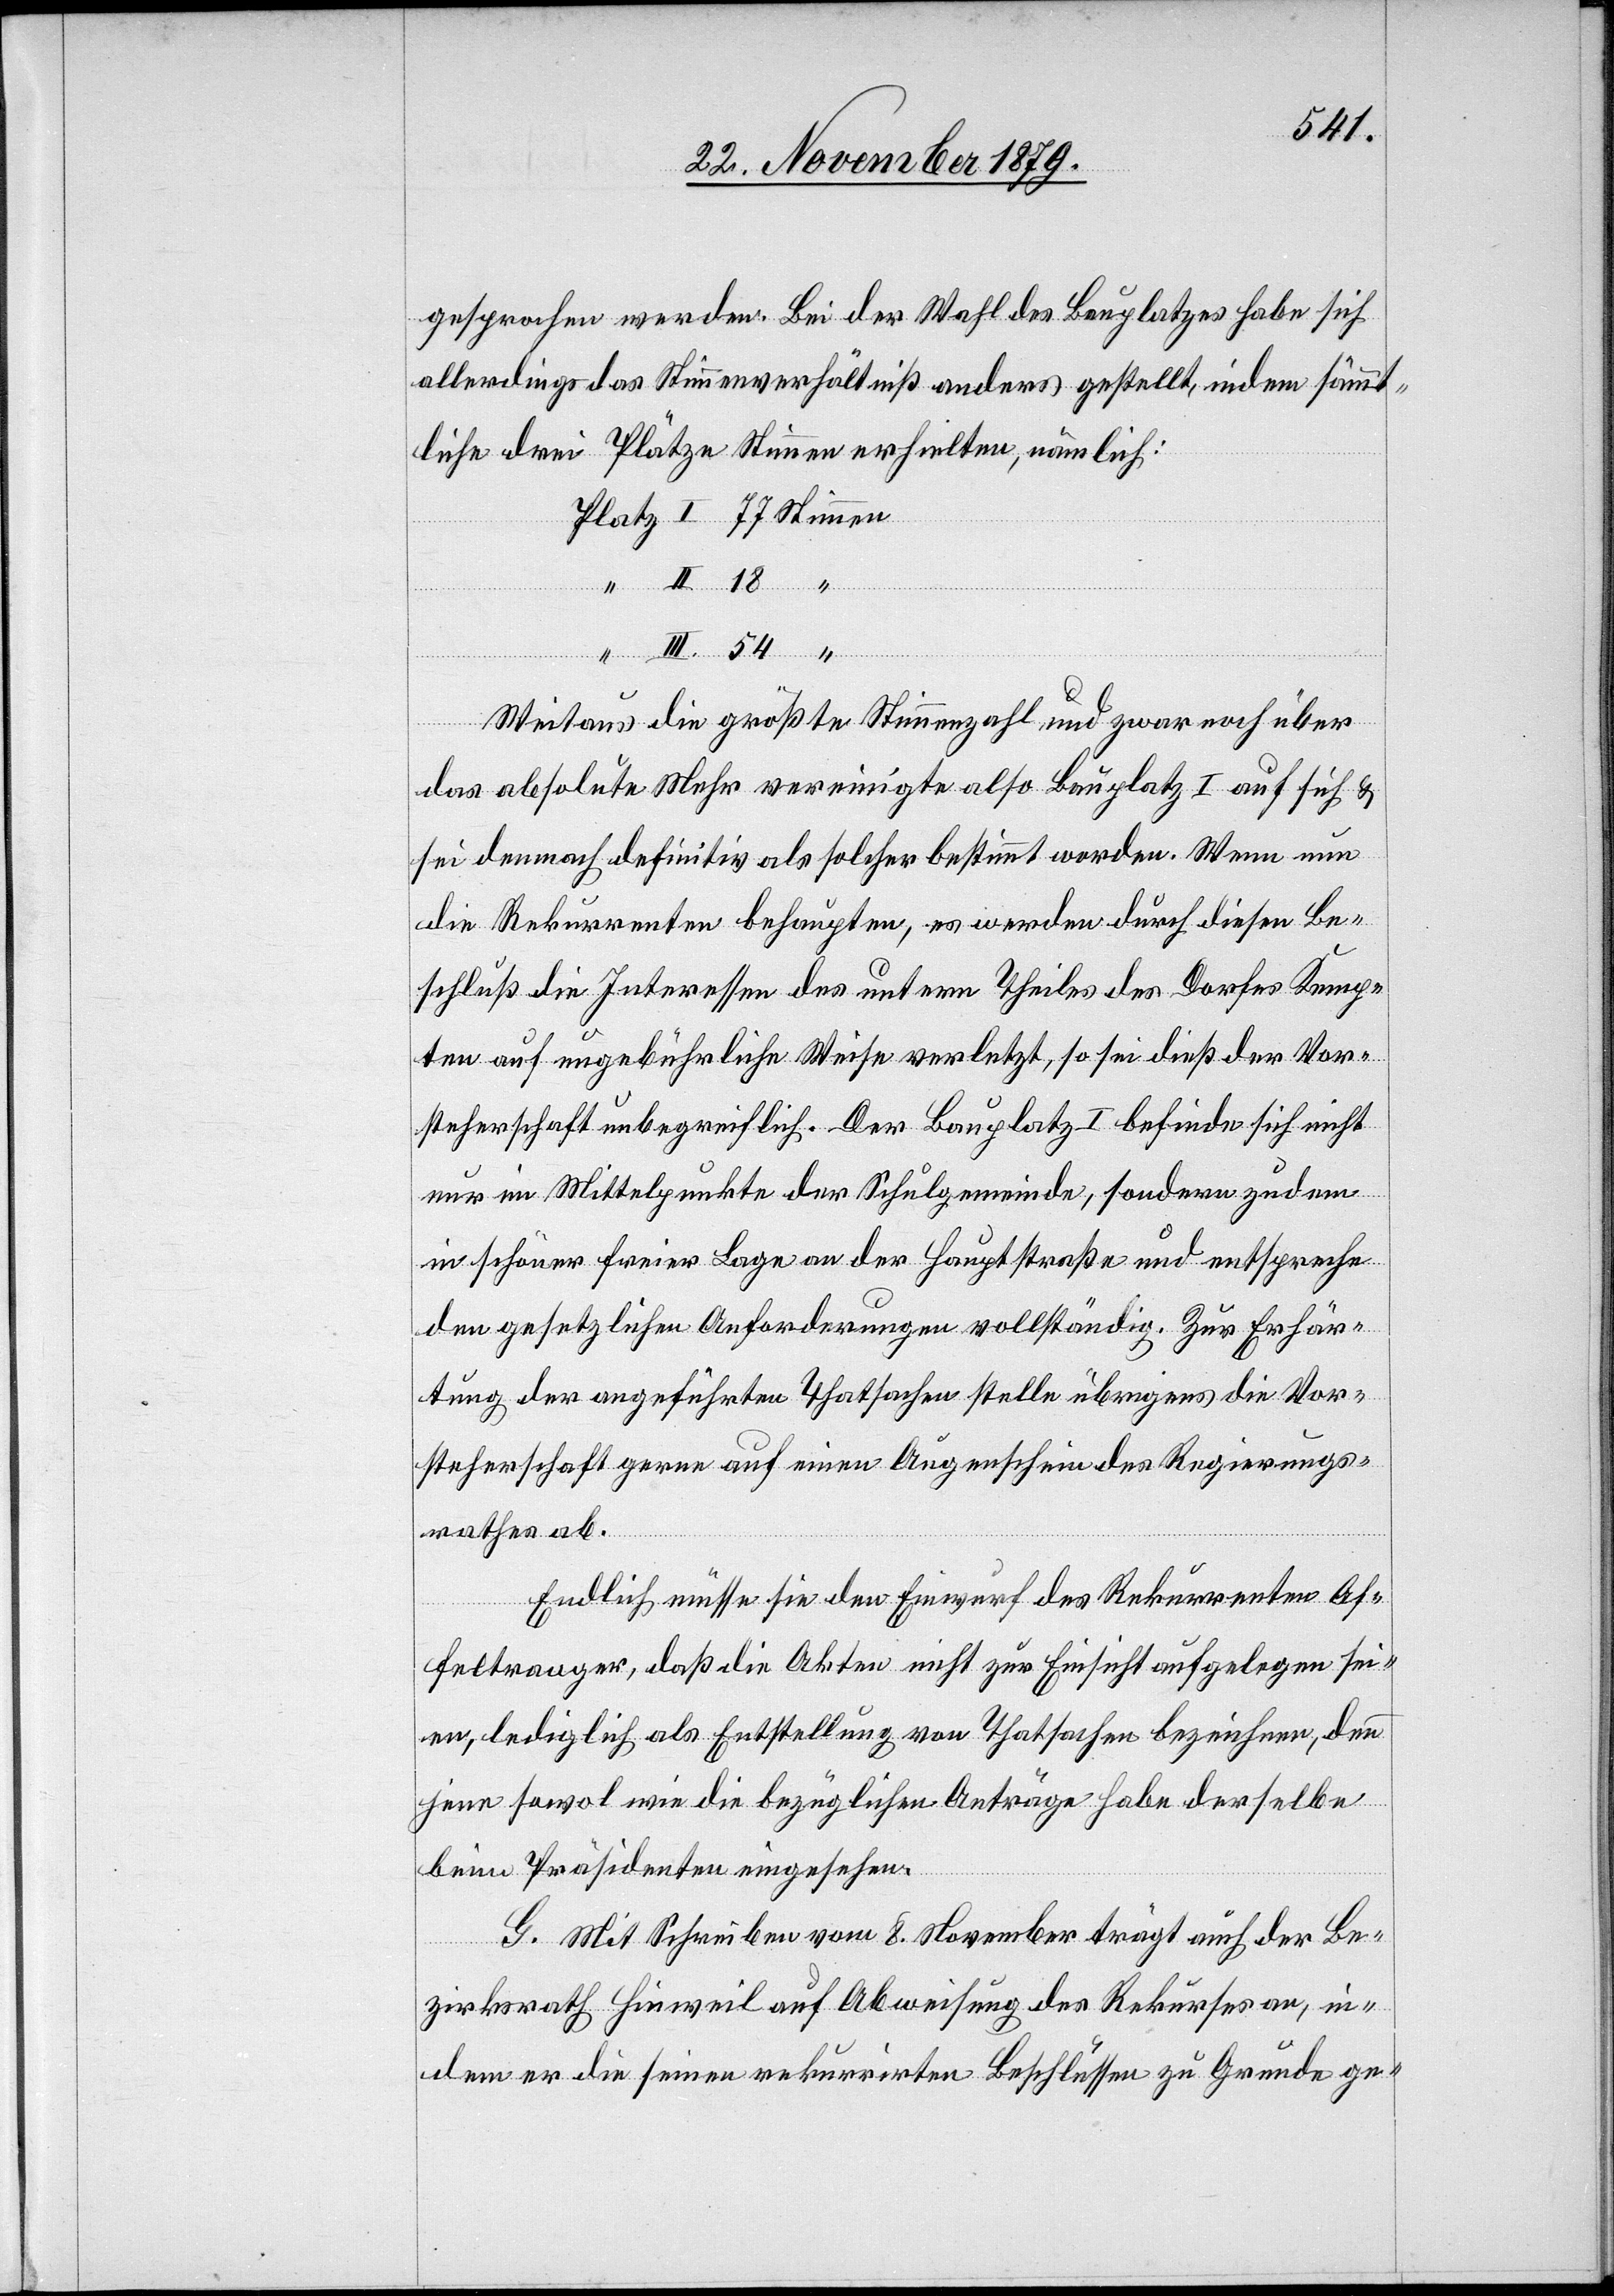
gesprochen werden. Bei der Wahl des Bauplatzes habe sich
allerdings das Stimmenverhältniß anders gestellt, indem sämmt¬
liche drei Plätze Stimmen erhielten, nämlich:
Weitaus die größte Stimmanzahl und zwar noch über
das absolute Mehr vereinigte also Bauplatz I auf sich &
sei demnach definitiv als solcher bestimmt worden. Wenn nun
die Rekurrenten behaupten, es werden durch diesen Be¬
schluß die Interessen des untern Theiles des Dorfes Kemp¬
ten auf ungebührliche Weise verletzt, so sei dieß der Vor¬
steherschaft unbegreiflich. Der Bauplatz I befinde sich nicht
nur im Mittelpunkte der Schulgemeinde, sondern zudem
in schöner freier Lage an der Hauptstraße und entspreche
den gesetzlichen Anforderungen vollständig. Zur Erhär¬
tung der angeführten Thatsachen stelle übrigens die Vor¬
steherschaft gerne auf einen Augenschein des Regierungs¬
rathes ab.
Endlich müsse sie den Einwurf des Rekurrenten Af¬
feltranger, daß die Akten nicht zur Einsicht aufgelegen sei¬
en, lediglich als Entstellung von Thatsachen bezeichnen, denn
jene sowol wie die bezüglichen Anträge habe derselbe
beim Präsidenten eingesehen.
G. Mit Schreiben vom 8. November trägt auch der Be¬
zirksrath Hinweil auf Abweisung des Rekurses an, in¬
dem er die seinen rekurrirten Beschlüssen zu Grunde ge-

“